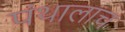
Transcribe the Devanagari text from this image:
पंथालाच